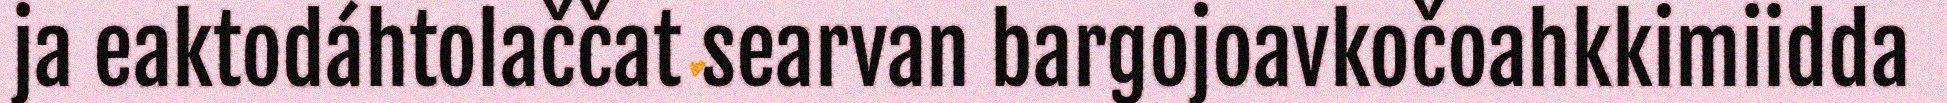
ja eaktodáhtolaččat searvan bargojoavkočoahkkimiidda